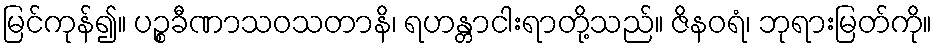
မြင်ကုန်၍။ ပဉ္စခီဏာသဝသတာနိ၊ ရဟန္တာငါးရာတို့သည်။ ဇိနဝရံ၊ ဘုရားမြတ်ကို။